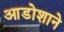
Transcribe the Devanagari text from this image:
आडोशाने